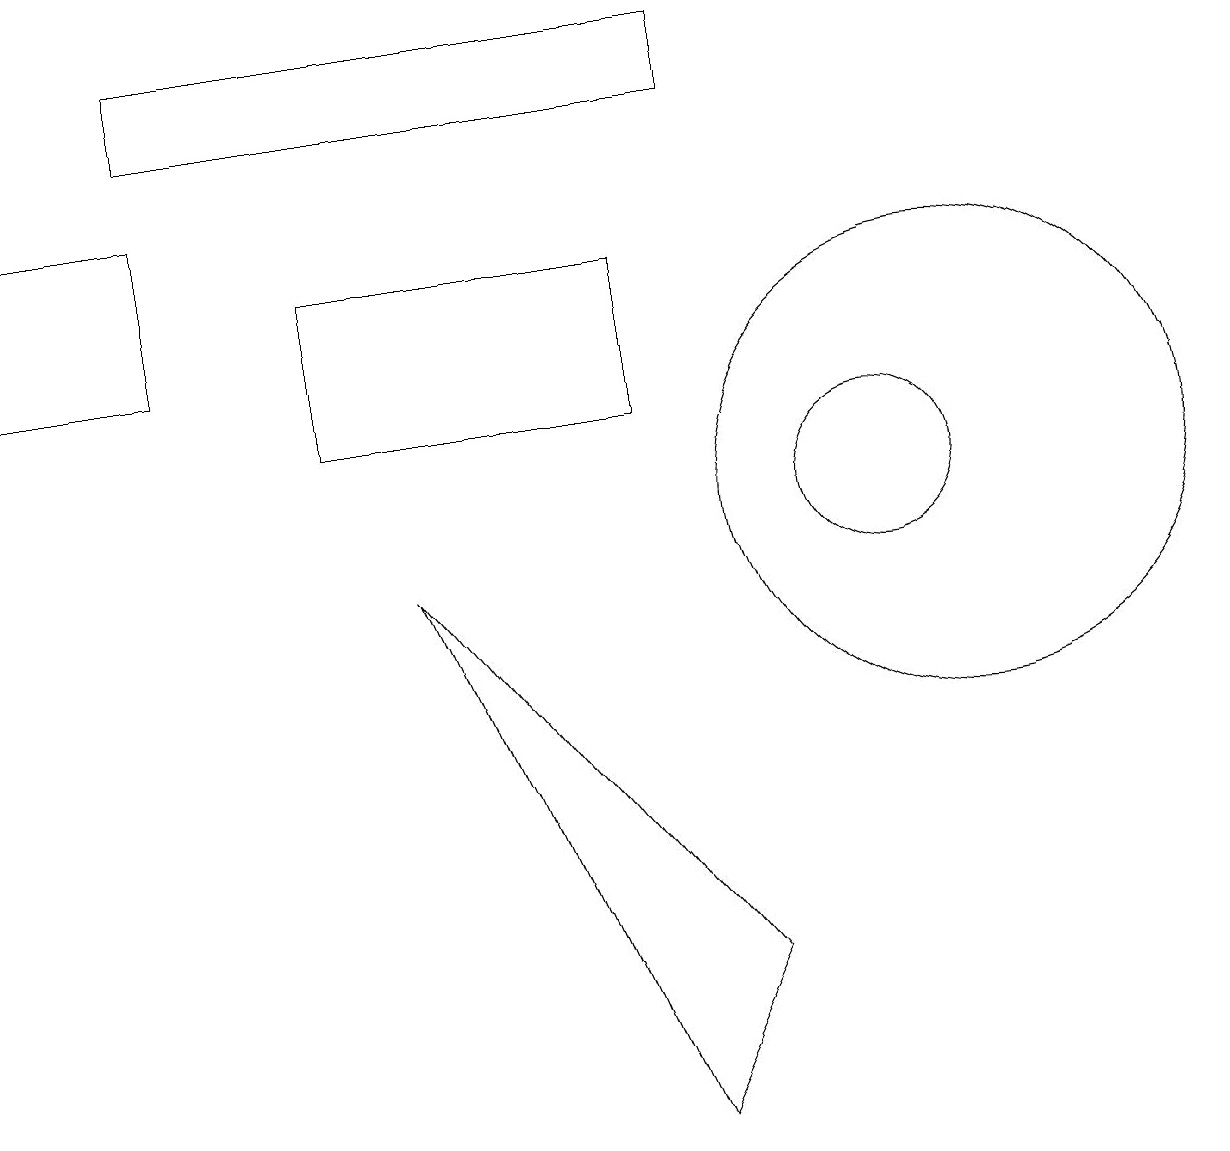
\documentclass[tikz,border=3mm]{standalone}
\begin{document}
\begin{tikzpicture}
\draw (9,15) rectangle (2,16);
\draw (8,13) rectangle (4,11);
\draw (11,10) circle (1);
\draw (5,9) -- (9,4) -- (8,2) -- cycle;
\draw (0,12) rectangle (2,14);
\draw (12,10) circle (3);
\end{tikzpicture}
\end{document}